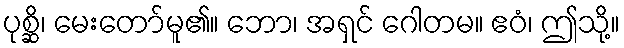
ပုစ္ဆိ၊ မေးတော်မူ၏။ ဘော၊ အရှင် ဂေါတမ။ ဧဝံ၊ ဤသို့။